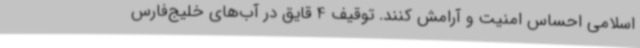
اسلامی احساس امنیت و آرامش کنند. توقیف 4 قایق در آب‌های خلیج‌فارس